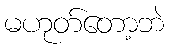
မဟုတ်တော့ဘဲ